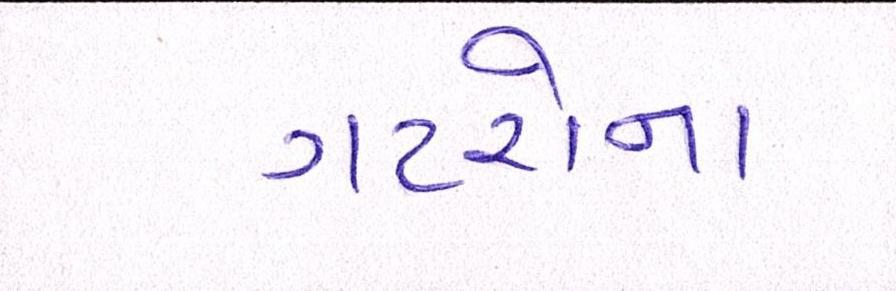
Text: ગટરોના